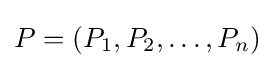
P=(P_{1},P_{2},\ldots ,P_{n})